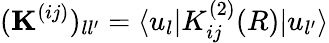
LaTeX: (\mathbf{K}^{(ij)})_{ll^{\prime}}=\langle u_{l}|K_{ij}^{(2)}(R)|u_{l^{\prime}}\rangle